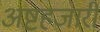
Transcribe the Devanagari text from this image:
अष्टहजारी